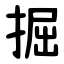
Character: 掘